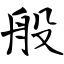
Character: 般